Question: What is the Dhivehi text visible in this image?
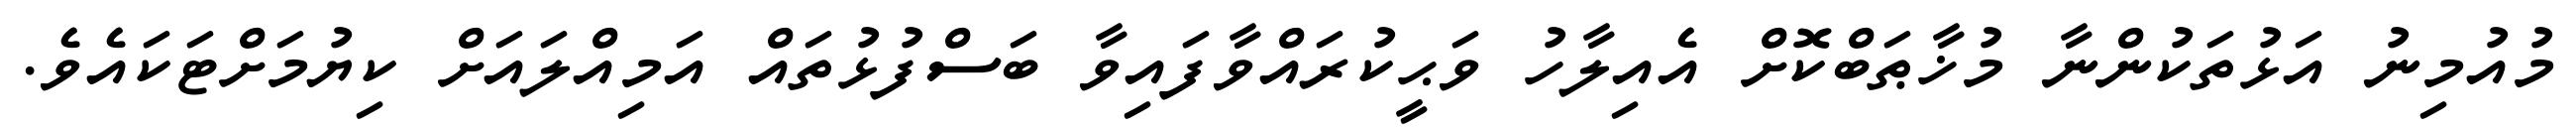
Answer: މުއުމިނު އަޅުތަކުންނާ މުޚާޠަބްކޮށް އެއިލާހު ވަޙީކުރައްވާފައިވާ ބަސްފުޅުތައް އަމިއްލައަށް ކިޔުމަށްޓަކައެވެ.